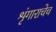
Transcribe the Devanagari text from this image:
शृंगाराचेच